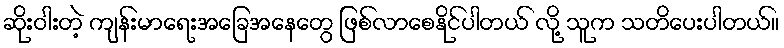
ဆိုးဝါးတဲ့ ကျန်းမာရေးအခြေအနေတွေ ဖြစ်လာစေနိုင်ပါတယ် လို့ သူက သတိပေးပါတယ်။